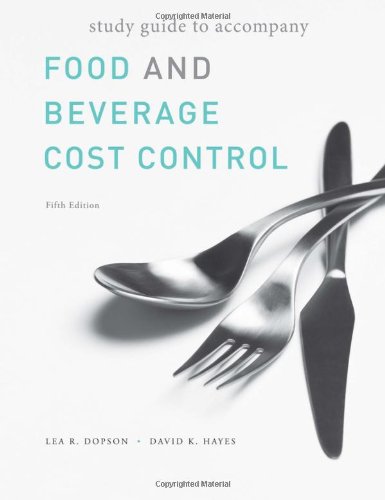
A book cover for Food and Beverage Cost Control; Lea R. Dopson; Business & Money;